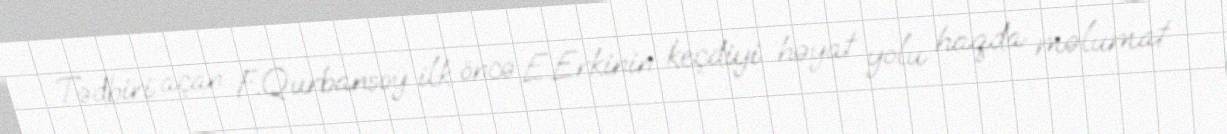
Tədbiri açan F.Qurbansoy ilk öncə E.Erkinin keçdiyi həyat yolu haqda məlumat